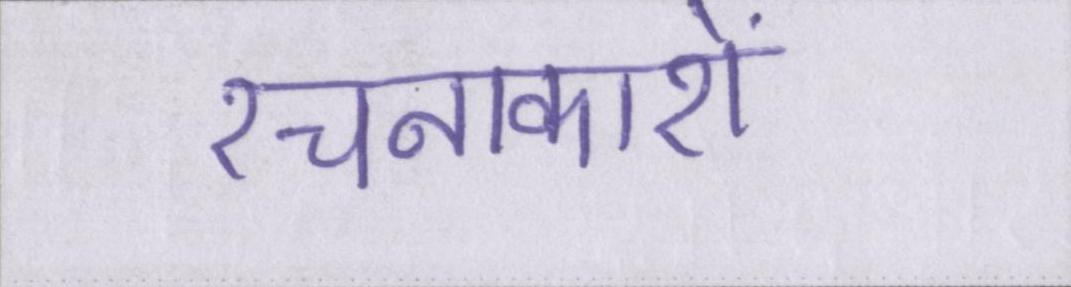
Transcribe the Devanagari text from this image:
रचनाकारों